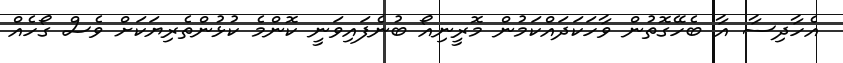
އެހާދިސާ އާ ބެހޭގޮތުން ވާހަކަދައްކަމުން މޮރީނިއޯ ބުނެފައިވަނީ ކޮންމެ ކުޅުންތެރިޔަކަށް ވެސް ގޯހެއް